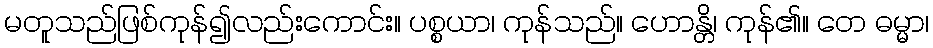
မတူသည်ဖြစ်ကုန်၍လည်းကောင်း။ ပစ္စယာ၊ ကုန်သည်။ ဟောန္တိ၊ ကုန်၏။ တေ ဓမ္မာ၊